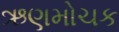
ઋણમોચક